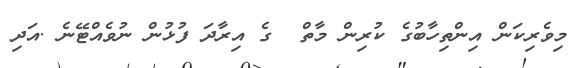
މިވެރިކަން އިންތިހާބުގެ ކުރިން މާތް  ގެ އިރާދަ ފުޅުން ނުވެއްޓޭނެ .އަދި